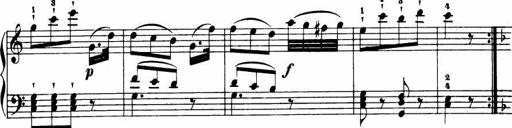
Title: Le bouquetier
Composer: Anton Diabelli
Key: G major
 C major
 F major
 C major